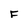
Character: F